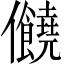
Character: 𠑬